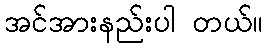
အင်အားနည်းပါ တယ်။